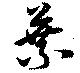
葉